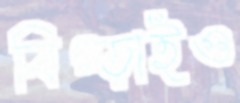
বিগ্‌ড়াইও